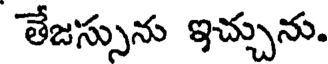
తేజస్సును ఇచ్చును.